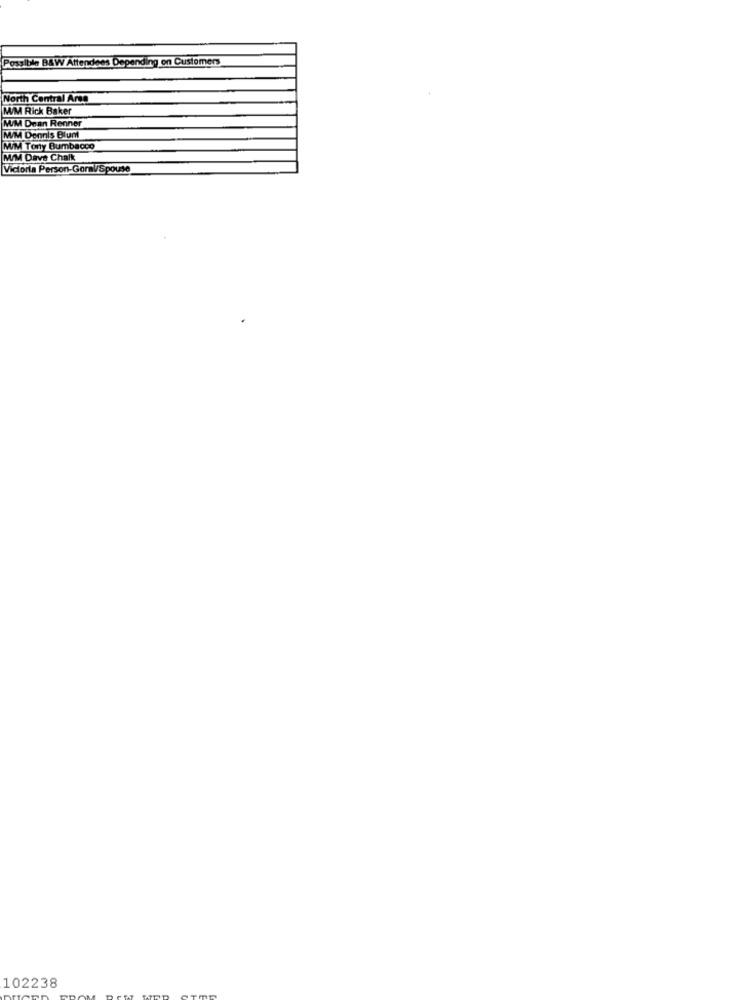
Possible B&W Attendees Depending on Customers
North Central Arse
M/M Rick Baker
M/M Dean Renner
M/M Dennis Blunt
M/M Tony Bumbacco
M/M Dave Chalk
Victoria Person-Gormi/Spouse
102238